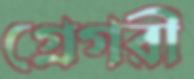
গ্রেগরী